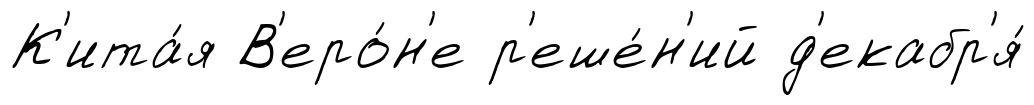
К'ита́я В'еро́н'е р'еше́н'ий д'екабр'я́